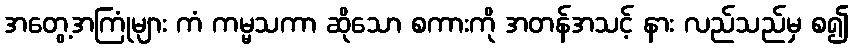
အတွေ့အကြုံများ ကံ ကမ္မသကာ ဆိုသော စကားကို အတန်အသင့် နား လည်သည်မှ စ၍